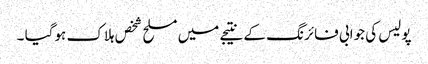
پولیس کی جوابی فائرنگ کے نتیجے میں مسلح شخص ہلاک ہوگیا ۔